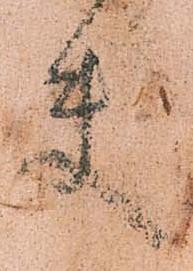
夫